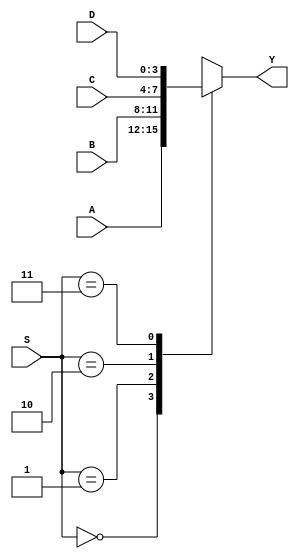
module mux_4bit_4to1(Y, A, B, C, D, S); // define the module

    output reg [3:0] Y; // declare the output as reg because of the 
                // always block
    input wire [3:0] A, B, C, D; // input wires 4 bits
    input wire [1:0] S; // 2 bit for select
    
    always @(*) // sensitive while there are changes
        case(S) // based on s, select
            2'b00: Y = A; // when S is 00
            2'b01: Y = B; 
            2'b10: Y = C;
            2'b11: Y = D; // when s is 11
        endcase // end the case statement
endmodule